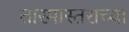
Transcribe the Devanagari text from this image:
तारमास्तराच्या